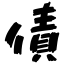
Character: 債